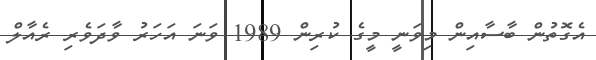
އެގޮތުން ބާސާއިން މިވަނީ މީގެ ކުރިން 1989 ވަނަ އަހަރު ވާދަވެރި ރެއާލް